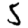
Digit: 5